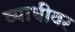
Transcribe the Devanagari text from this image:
व्याधीवर